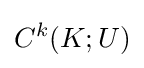
C^{k}(K;U)